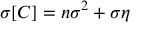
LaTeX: \sigma [ C ] = n \sigma ^ { 2 } + \sigma \eta